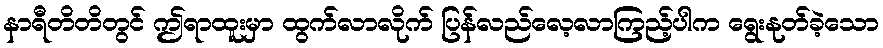
နာရီတိတိတွင် ဤရာထူးမှာ ထွက်လာလိုက် ပြန်လည်လေ့လာကြည့်ပါက ရွေးနုတ်ခဲ့သော